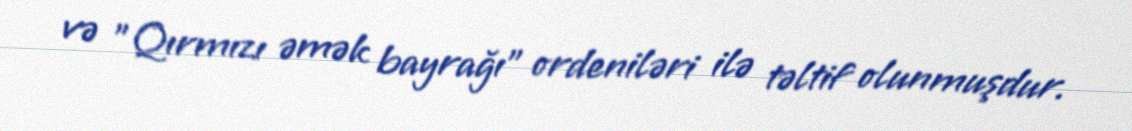
və "Qırmızı əmək bayrağı" ordeniləri ilə təltif olunmuşdur.